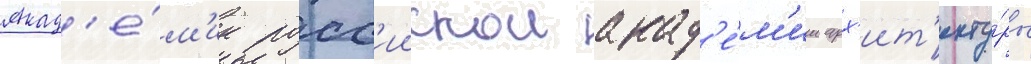
Акад'е́м'ик росс'иискои акад'е́м'ии арх'ит'екту́ры